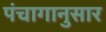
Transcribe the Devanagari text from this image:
पंंचागानुसार